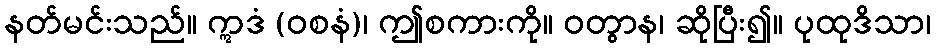
နတ်မင်းသည်။ ဣဒံ (ဝစနံ)၊ ဤစကားကို။ ဝတွာန၊ ဆိုပြီး၍။ ပုထုဒိသာ၊